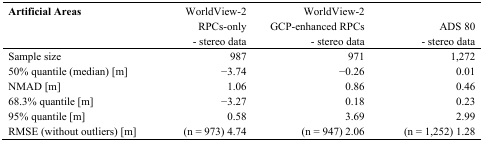
<table><thead><tr><td><b>Artificial Areas</b></td><td><b>WorldView-2 RPCs-only - stereo data</b></td><td><b>WorldView-2 GCP-enhanced RPCs - stereo data</b></td><td><b>ADS 80 - stereo data</b></td></tr></thead><tbody><tr><td>Sample size</td><td>987</td><td>971</td><td>1,272</td></tr><tr><td>50% quantile (median) [m]</td><td>−3.74</td><td>−0.26</td><td>0.01</td></tr><tr><td>NMAD [m]</td><td>1.06</td><td>0.86</td><td>0.46</td></tr><tr><td>68.3% quantile [m]</td><td>−3.27</td><td>0.18</td><td>0.23</td></tr><tr><td>95% quantile [m]</td><td>0.58</td><td>3.69</td><td>2.99</td></tr><tr><td>RMSE (without outliers) [m]</td><td>(n = 973) 4.74</td><td>(n = 947) 2.06</td><td>(n = 1,252) 1.28</td></tr></tbody></table>